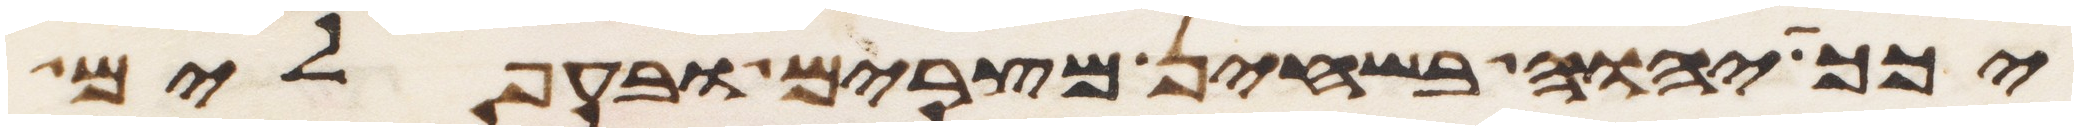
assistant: יכך יהוה בשחין מצרים ובעפלים